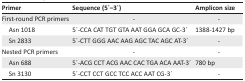
| Primer | Sequence (5 ́–3 ́) | Amplicon size |
 | --- | --- | --- |
 | First-round PCR primers | - | - |
 | Asn 1018 | 5 ́-CCA CAT TGT GTA AAT GGA GCA GC-3 ́ | 1388-1427 bp |
 | Sn 2833 | 5 ́-CTT GGG AAC AAG AGC TAC AGC AT-3 ́ | - |
 | Nested PCR primers | - | - |
 | Asn 688 | 5 ́-ACG CCT ACG AAC CAC TGA ACA AAT-3 ́ | 780 bp |
 | Sn 3130 | 5 ́-CCT CCT GCC TCC ACC AAT CG-3 ́ | - |